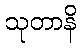
သုတာနိ